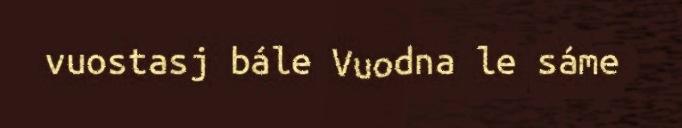
vuostasj bále Vuodna le sáme